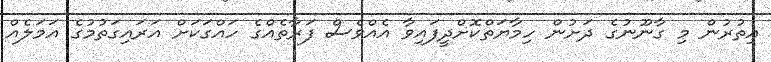
އިތުރުން މި ގާނޫނުގެ ދަށުން ހިމާޔަތްކޮށްދީފައިވާ އެއްވެސް ފަރާތެއްގެ ހައްގަކަށް އަރައިގަތުމުގެ އަމަލެއް